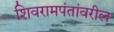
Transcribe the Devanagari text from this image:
शिवरामपंतांवरील